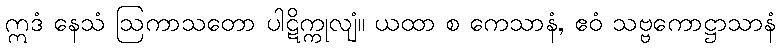
ဣဒံ နေသံ ဩကာသတော ပါဋိက္ကုလျံ။ ယထာ စ ကေသာနံ, ဧဝံ သဗ္ဗကောဋ္ဌာသာနံ